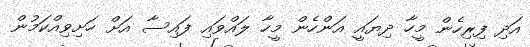
އަދި ފިރިހެން މީހާ ދިޔައީ އަންހެން މީހާ ލައްވައި ފައިސާ އަށް ހަށިވިއްކަމުން